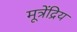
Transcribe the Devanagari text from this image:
मूत्रेंद्रिय